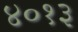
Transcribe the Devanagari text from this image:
४०१३